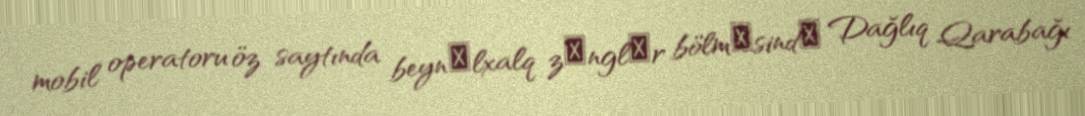
mobil operatoru öz saytında beynәlxalq zәnglәr bölmәsindә Dağlıq Qarabağı